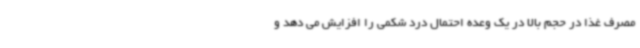
مصرف غذا در حجم بالا در یک وعده احتمال درد شکمی را افزایش می دهد و